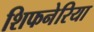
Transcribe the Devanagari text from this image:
शिफनेरिया